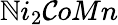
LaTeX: \mathbb{N}i_{2}\mathcal{C}oMn